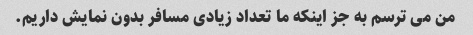
من می ترسم به جز اینکه ما تعداد زیادی مسافر بدون نمایش داریم.